Vaccination in Bombay 1856-1862 - 1856-1862
Year: 1856
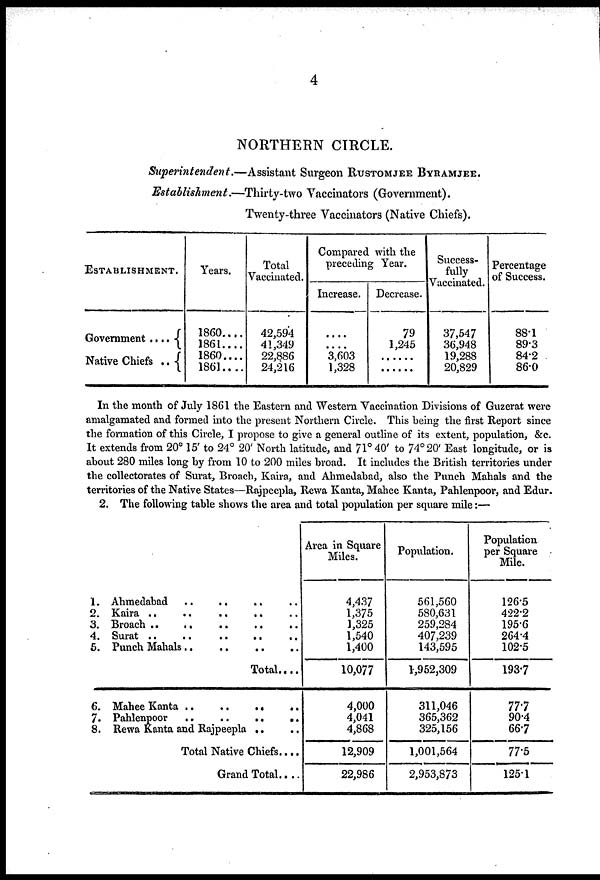
4
NORTHERN CIRCLE.
Superintendent.—Assistant
Surgeon RUSTOMJEE BYRAMJEE.
Establishment.—Thirty-two
Vaccinators (Government).
Twenty -three Vaccinators (Native Chiefs).
ESTABLISHMENT.
Government . . . . .
Native Chiefs . .
Years.
1860....
1861....
1860....
1861....
Total
Vaccinated.
42,594
41,349
22,886
24,216
Compared with the
preceding Year.
Increase.
....
....
3,603
1,328
Decrease.
79
1,245
....
....
Success-
fully
Vaccinated.
37,547
36,948
19,288
20,829
Percentage
of Success.
88.1
89.3
84.2
86.0
In the month of July 1861 the Eastern and Western Vaccination Divisions of Guzerat were
amalgamated and formed into the present Northern Circle. This being the first Report since
the formation of this Circle, I propose to give a general outline of its extent, population, &c.
It extends from 20° 15' to 24° 20 North latitude, and 71° 40' to 74° 20' East longitude, or is
about 280 miles long by from 10 to 200 miles broad. It includes the British territories under
the collectorates of Surat, Broach, Kaira, and Ahmedabad, also the Punch Mahals and the
territories of the Native States—Rajpeepla, Rewa Kanta, Mahee Kanta, Pahlenpoor, and Edur.
2. The following table shows the area and total population per square mile:—
1.
2.
3.
4.
5.
Ahmedabad .. .. .. ..
Kaira
..
..
..
..
Broach .. .. .. ..
Surat
..
..
..
..
..
Punch Mahals .. .. .. .. ..
Total....
6.
7.
8.
Mahee Kanta .. .. .. .. ..
Pahlenpoor .. .. .. .. ..
Rewa Kanta and Rajpeepla .. ..
Total Native Chiefs ....
Grand Total....
Area in Square
Miles.
4,437
1,375
1,325
1,540
1,400
10,077
4,000
4,041
4,868
12,909
22,986
Population.
561,560
580,631
259,284
407,239
143,595
1,952,309
311,046
365,362
325,156
1,001,564
2,953,873
Population
per Square
Mile.
126.5
422.2
195.6
264.4
102.5
193.7
77.7
90.4
66.7
77.5
125.1